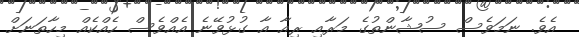
އެވެ. ނަމަވެސް ސުޝާންތުގެ މަރާއި ރިއާ އާ ގުޅުވޭނެ އެއްވެސް ހެއްކެއް މިހާތަނަށް